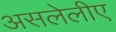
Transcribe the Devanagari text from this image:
असलेलीए